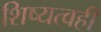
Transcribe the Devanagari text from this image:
शिष्यत्वही